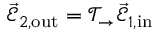
\vec { \mathcal { E } } _ { 2 , \mathrm { { o u t } } } = \mathcal { T } _ { \rightarrow } \vec { \mathcal { E } } _ { 1 , \mathrm { { i n } } }